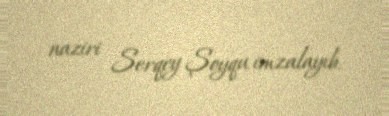
naziri Serqey Şoyqu imzalayıb.